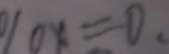
0 1 0 x = 0 .